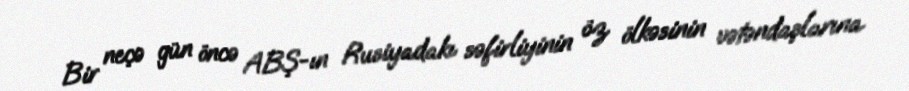
Bir neçə gün öncə ABŞ-ın Rusiyadakı səfirliyinin öz ölkəsinin vətəndaşlarına